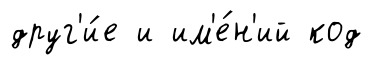
друг'и́е и им'е́н'ий код